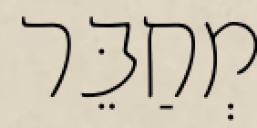
מְחַבֵּר